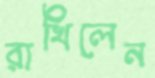
রাখিলেন